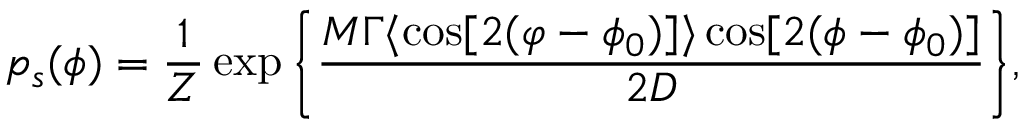
p _ { s } ( \phi ) = \frac { 1 } { Z } \exp \bigg \{ \frac { M \Gamma \langle \cos [ 2 ( \varphi - \phi _ { 0 } ) ] \rangle \cos [ 2 ( \phi - \phi _ { 0 } ) ] } { 2 D } \bigg \} ,